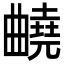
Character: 𣍕